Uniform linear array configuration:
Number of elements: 16
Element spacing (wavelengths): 0.5
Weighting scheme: binomial
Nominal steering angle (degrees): -60
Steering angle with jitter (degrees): -59.437
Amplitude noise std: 0.05
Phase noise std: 0.05

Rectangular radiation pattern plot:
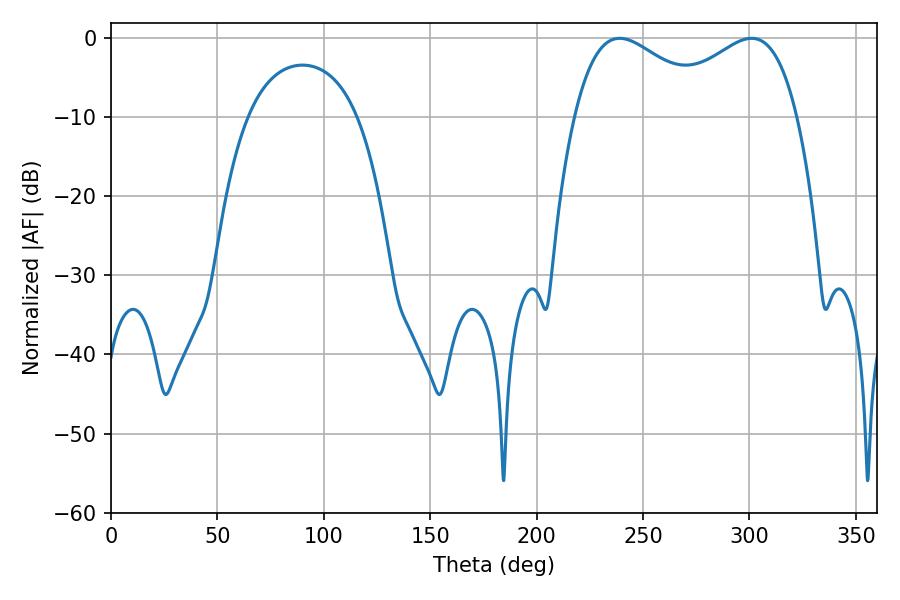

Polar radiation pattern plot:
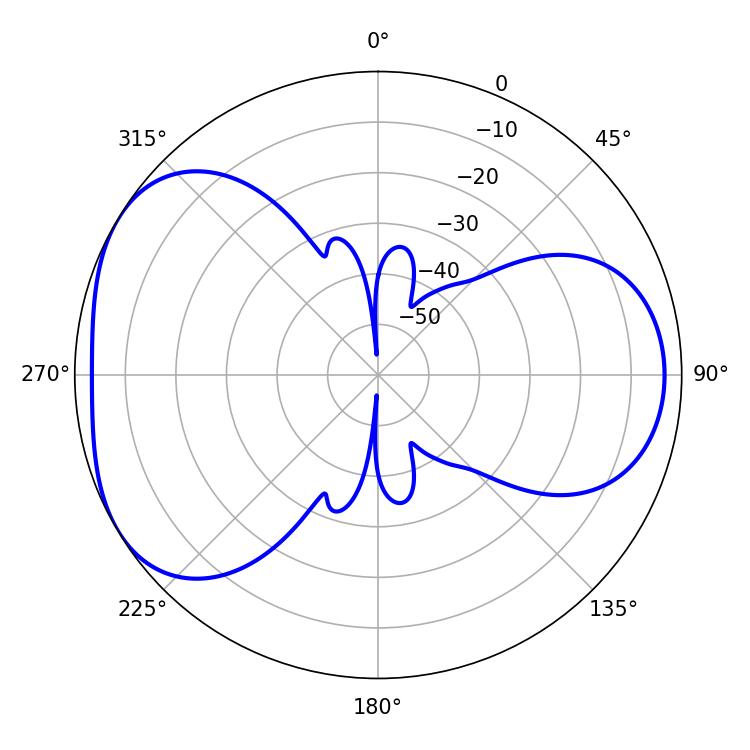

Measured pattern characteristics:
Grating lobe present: FALSE
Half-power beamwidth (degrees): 36.36
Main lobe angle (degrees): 239.04